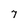
Character: 7